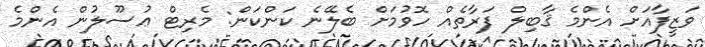
ވަޒީފާއަށް އެންމެ ޤާބިލް ފަރާތެއް ހޮވުމަށް ބެލޭނެ ކަންކަން: މެރިޓް ޢުސޫލުން އެންމެ